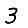
Digit: 3